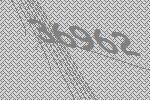
36962